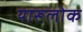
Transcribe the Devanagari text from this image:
यारूलोक